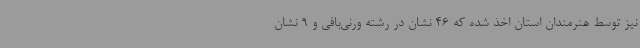
نیز توسط هنرمندان استان اخذ شده که 46 نشان در رشته ورنی‌بافی و 9 نشان